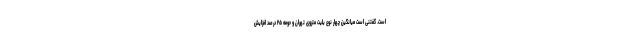
است. گفتنی است میانگین چهار نوع بلیت متروی تهران و حومه ۲۵ درصد افزایش